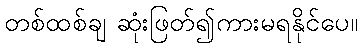
တစ်ထစ်ချ ဆုံးဖြတ်၍ကားမရနိုင်ပေ။